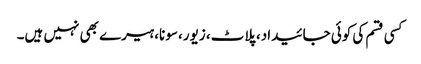
کسی قسم کی کوئی جائیداد، پلاٹ، زیور، سونا، ہیرے بھی نہیں ہیں۔